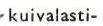
kuivalasti-